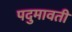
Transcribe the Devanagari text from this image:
पदुमावती